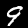
Digit: 9